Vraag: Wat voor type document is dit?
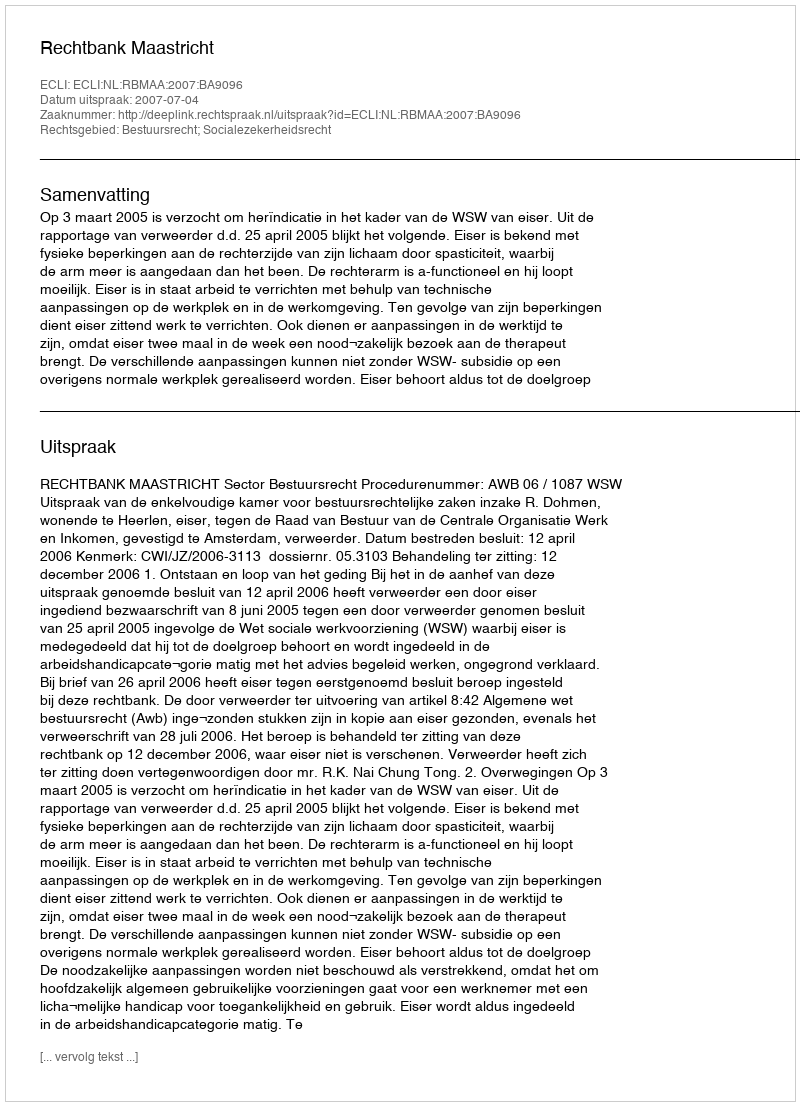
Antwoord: Uitspraak